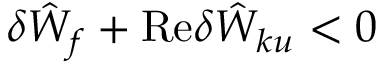
\delta { \hat { W } } _ { f } + \mathrm { R e } \delta { \hat { W } } _ { k u } < 0